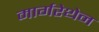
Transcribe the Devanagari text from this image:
मार्गरेथेन